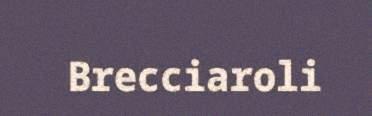
Brecciaroli